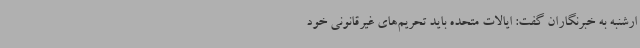
ارشنبه به خبرنگاران گفت: ایالات متحده باید تحریم‌های غیرقانونی خود